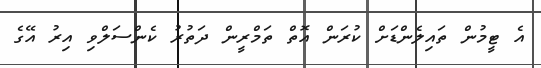
އެ ޓީމުން ތައިލެންޑަށް ކުރަން އޮތް ތަމްރީން ދަތުރު ކެންސަލްވި އިރު އޭގެ